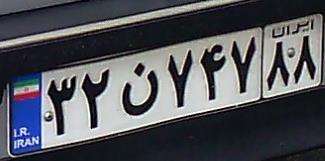
۳۲ن۷۴۷۸۸